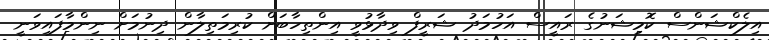
އިލެކްޝަންސް ކޮމިޝަނުގެ ރައީސް އަހުމަދު ޝަރީފް ވިދާޅުވީ އިންތިހާބަށް ކުރިމަތިލާން ދިނުމަށް ނިންމާފައިވަނީ